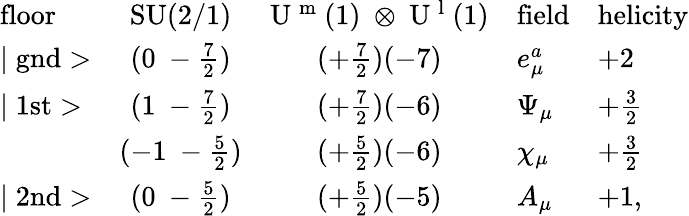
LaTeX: \begin{array}{lccll}{{\mathrm{floor}}}&{{\mathrm{SU(2/1)}}}&{{\mathrm{U~^{m}~(1)~\otimes~U~^{l}~(1)}}}&{{\mathrm{field}}}&{{\mathrm{helicity}}}\\ {{\mid\mathrm{gnd}>}}&{{(0~-\frac{7}{2})}}&{{(+\frac{7}{2})(-7)}}&{{e_{\mu}^{a}}}&{{+2}}\\ {{\mid\mathrm{1st}>}}&{{(1~-\frac{7}{2})}}&{{(+\frac{7}{2})(-6)}}&{{\Psi_{\mu}}}&{{+\frac{3}{2}}}\\ {{}}&{{(-1~-\frac{5}{2})}}&{{(+\frac{5}{2})(-6)}}&{{\chi_{\mu}}}&{{+\frac{3}{2}}}\\ {{\mid\mathrm{2nd}>}}&{{(0~-\frac{5}{2})}}&{{(+\frac{5}{2})(-5)}}&{{A_{\mu}}}&{{+1,}}\end{array}